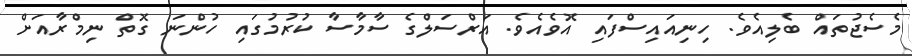
މެސެޖުތައް ބެލިއެވެ. ހިނިއައިސްފައި އޮވެއެވެ. އަރްސަލްގެ ސާމާސާ ކުރުމުގައި ހުންނަ ގޮތް ނިމްރާއަށް